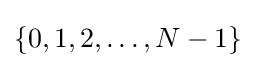
\{0,1,2,\ldots ,N-1\}